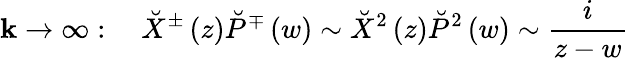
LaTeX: \mathbf{k}\rightarrow\infty:\quad\breve{{X}}^{\pm}\left(z\right)\breve{{P}}^{\mp}\left(w\right)\sim\breve{{X}}^{2}\left(z\right)\breve{{P}}^{2}\left(w\right)\sim\frac{i}{{z-w}}